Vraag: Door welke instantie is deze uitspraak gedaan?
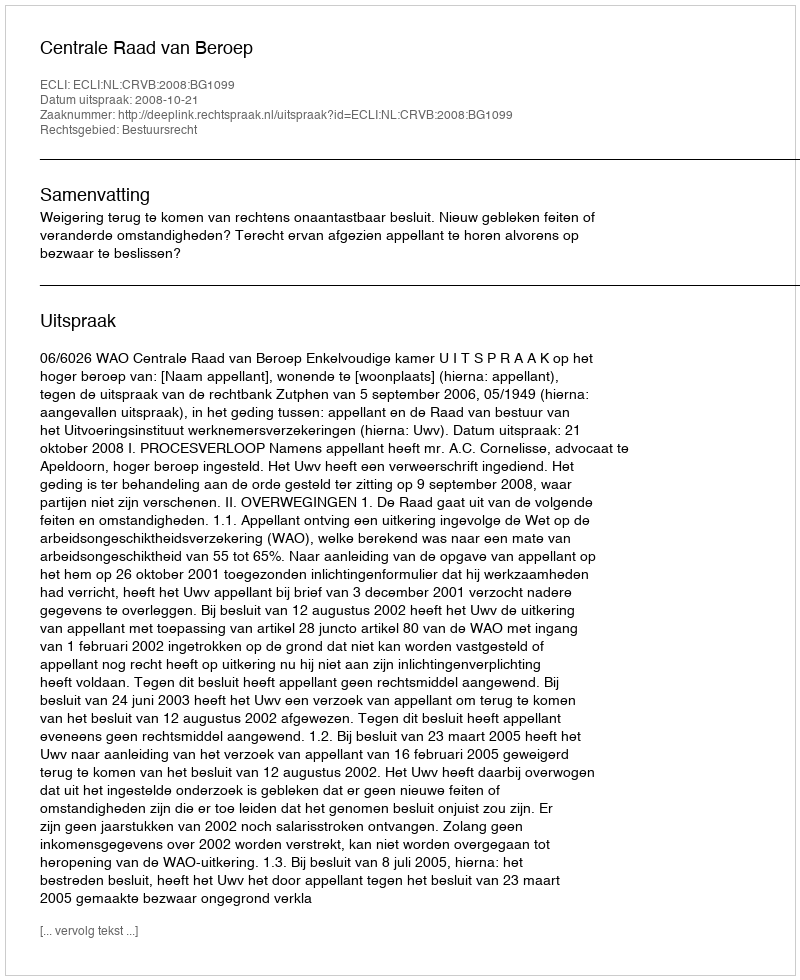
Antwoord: Centrale Raad van Beroep